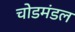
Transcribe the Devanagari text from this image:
चोडमंडल